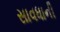
સાવધાની